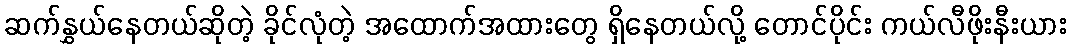
ဆက်နွှယ်နေတယ်ဆိုတဲ့ ခိုင်လုံတဲ့ အထောက်အထားတွေ ရှိနေတယ်လို့ တောင်ပိုင်း ကယ်လီဖိုးနီးယား